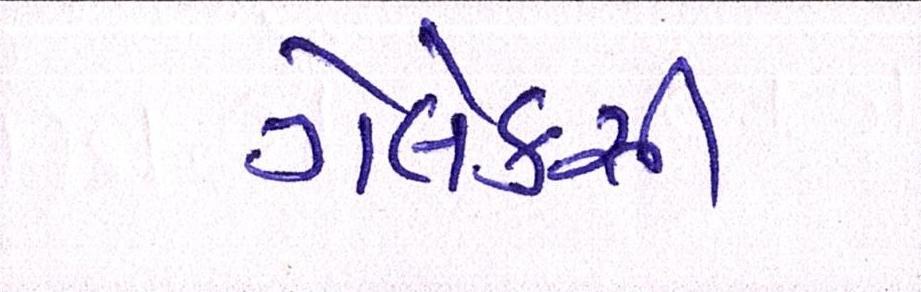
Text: ગેલેક્સી